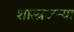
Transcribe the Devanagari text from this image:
शास्त्रजन्या